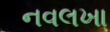
નવલખા